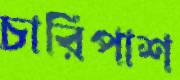
চারিপাশ